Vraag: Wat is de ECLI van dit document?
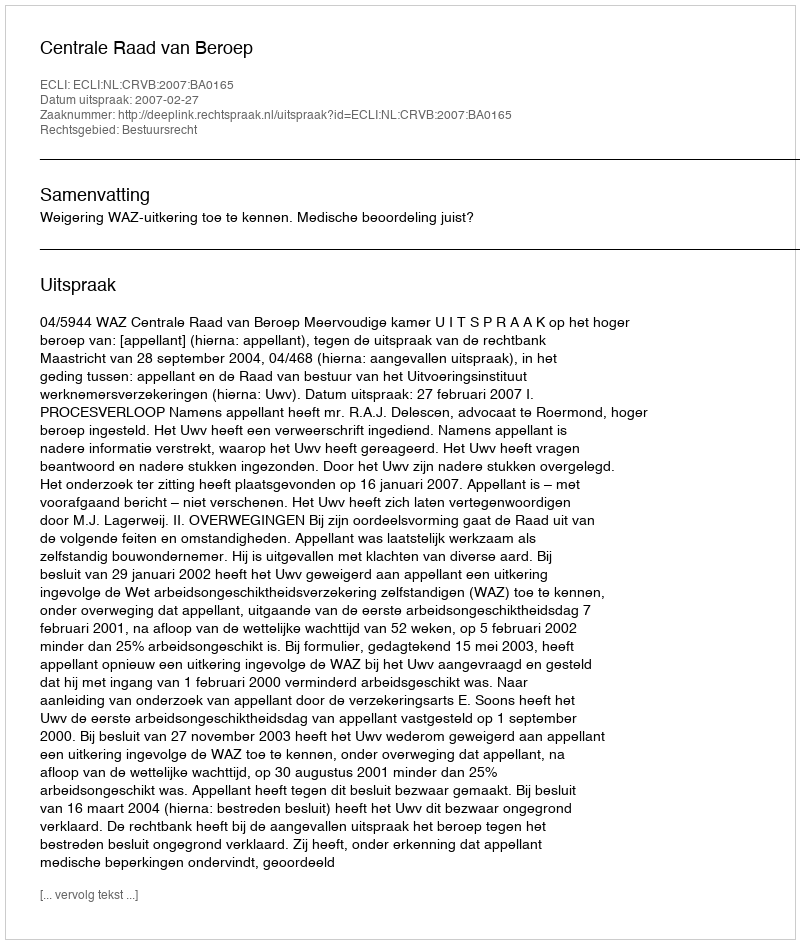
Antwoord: ECLI:NL:CRVB:2007:BA0165